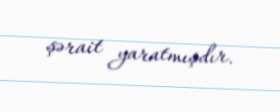
şərait yaratmışdır.